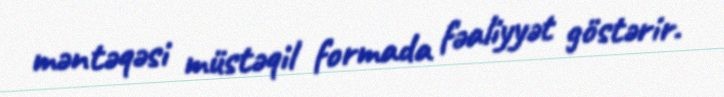
məntəqəsi müstəqil formada fəaliyyət göstərir.